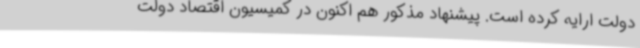
دولت ارایه کرده است. پیشنهاد مذکور هم اکنون در کمیسیون اقتصاد دولت